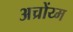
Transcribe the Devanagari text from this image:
अच्रोंय्म